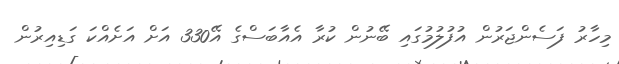
މިހާރު ފަސެންޖަރުން އުފުލުމުގައި ބޭނުން ކުރާ އެއާބަސްގެ އޭ330 އަށް އަށެއްކަ ގަޑިއިރުން